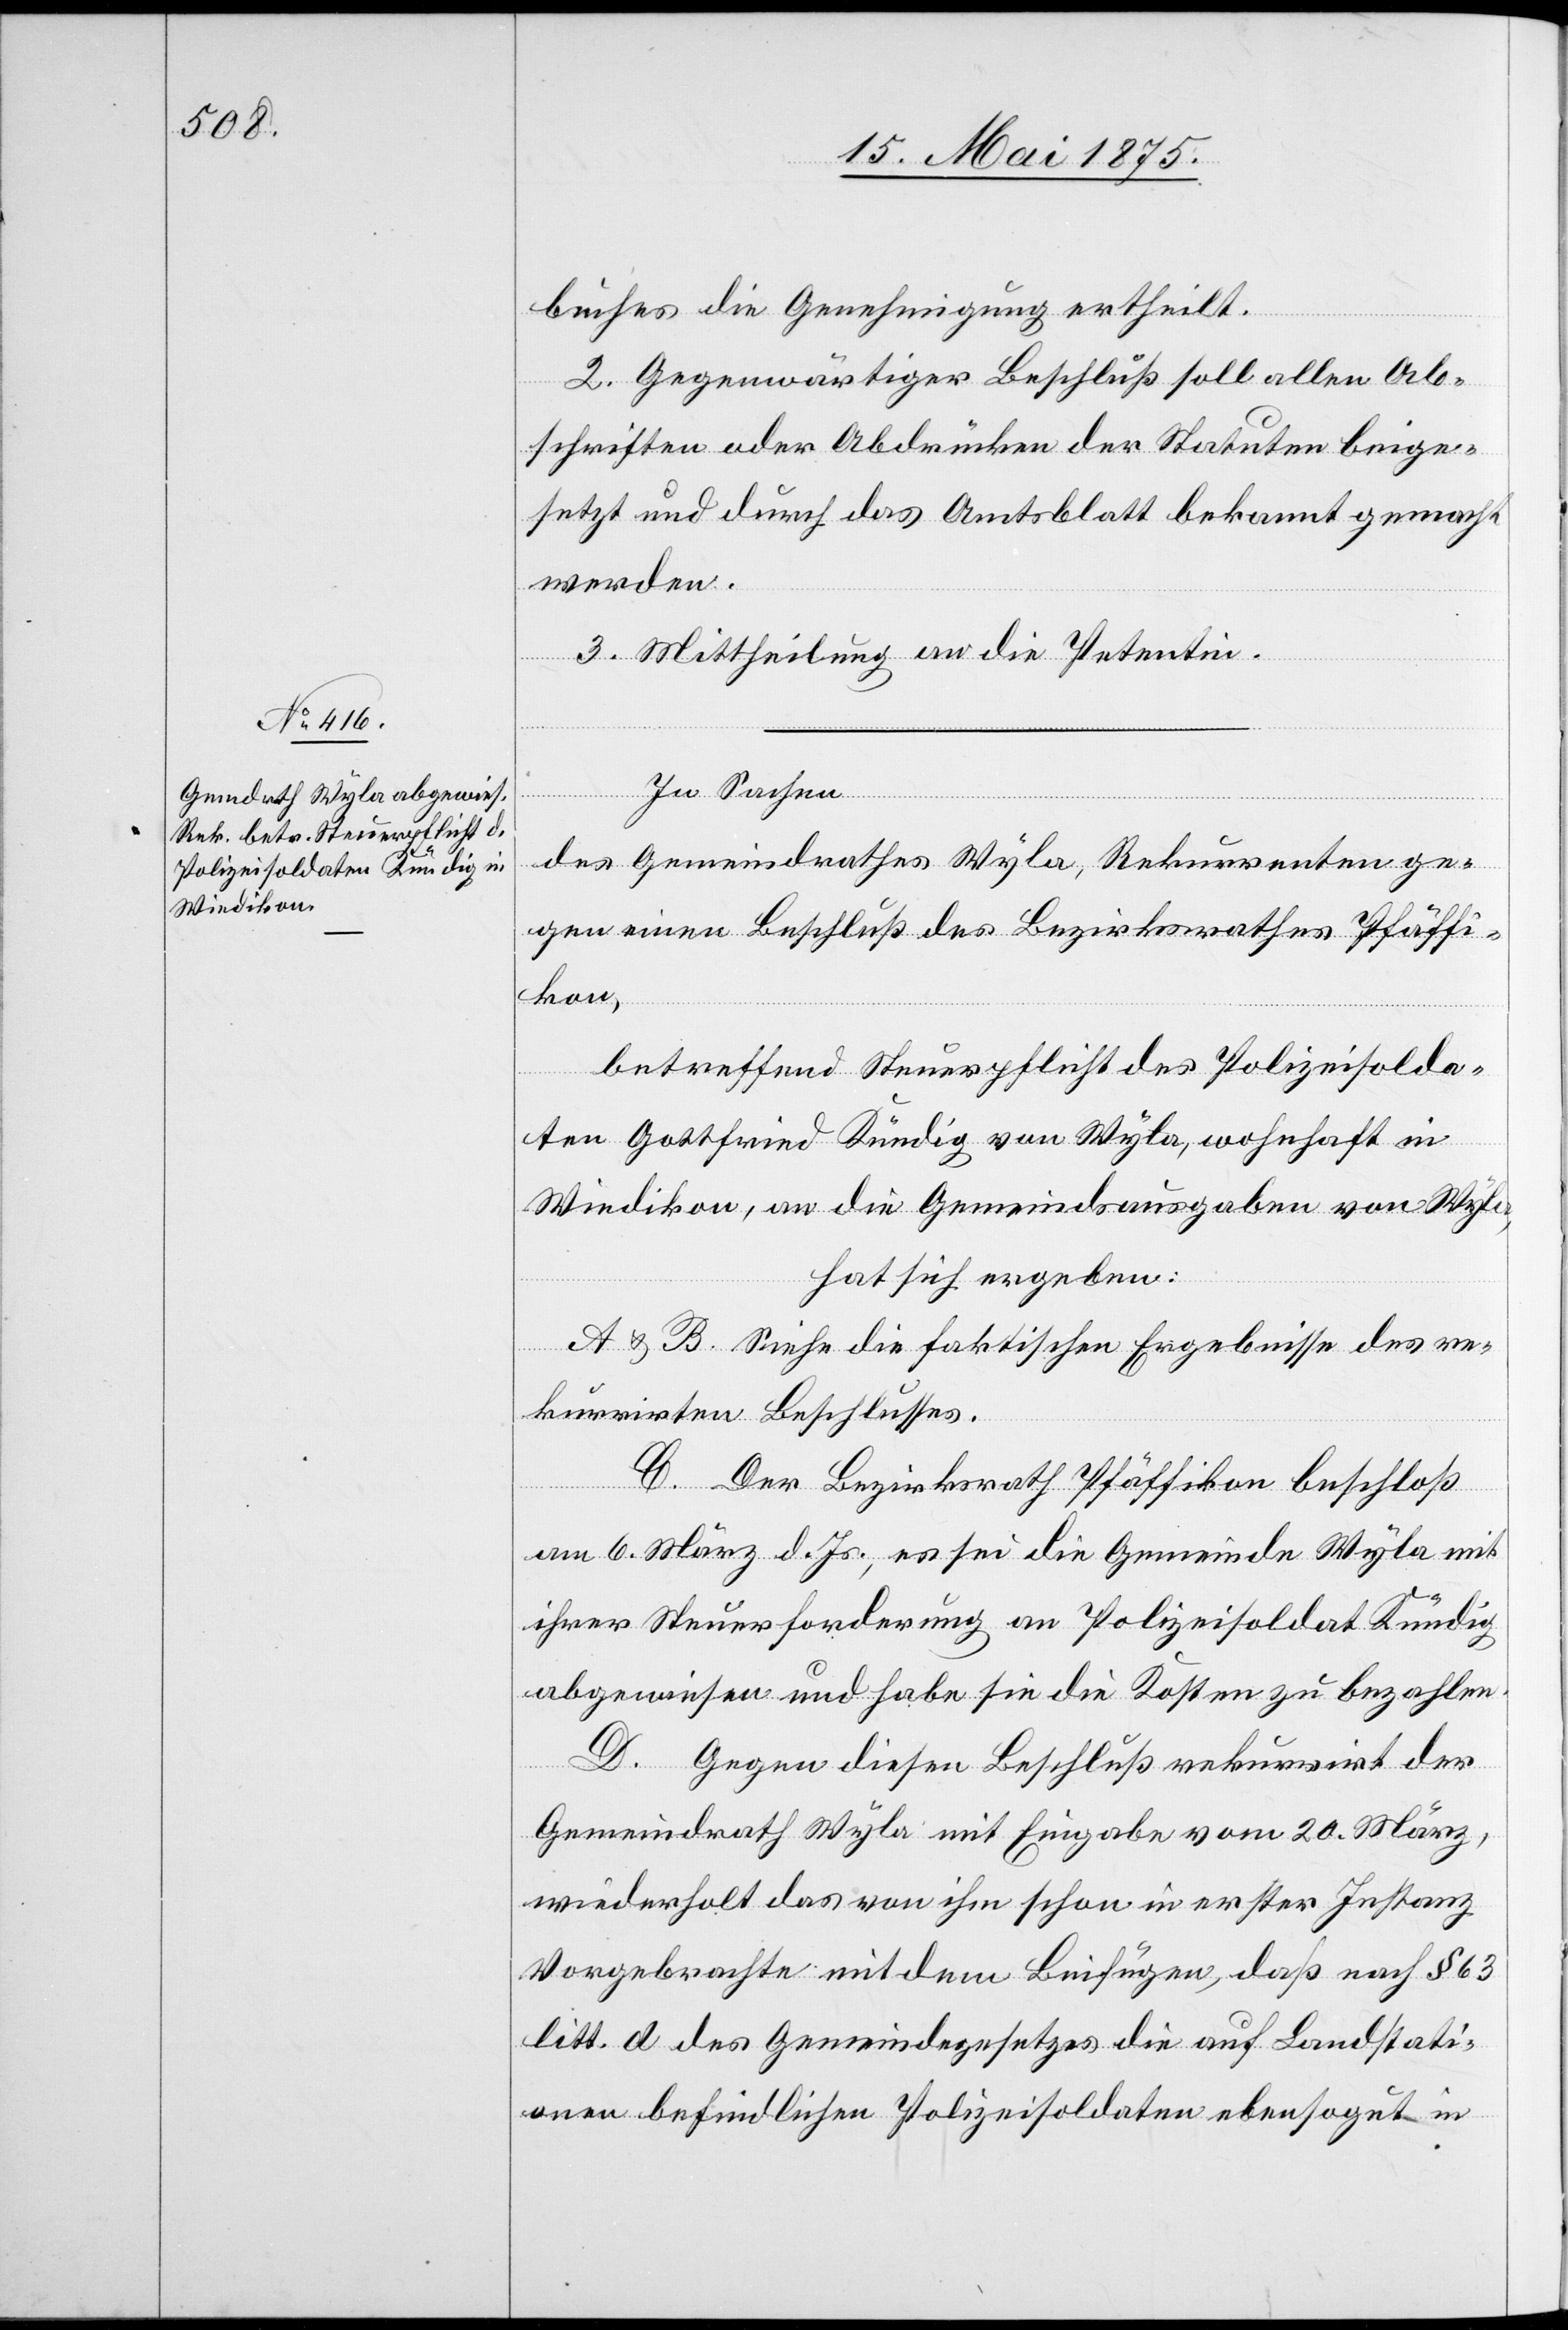
buches die Genehmigung ertheilt.
2. Gegenwärtiger Beschluß soll allen Ab¬
schriften oder Abdrücken der Statuten beige¬
setzt und durch das Amtsblatt bekannt gemacht
werden.
3. Mittheilung an die Petentin.
In Sachen
des Gemeindrathes Wyla, Rekurrenten ge¬
gen einen Beschluß des Bezirksrathes Pfäffi¬
kon,
betreffend Steuerpflicht des Polizeisolda¬
ten Gottfried Kündig von Wyla, wohnhaft in
Wiedikon, an die Gemeindsausgaben von Wyla,
hat sich ergeben:
mit
ffikon
A&B. Siehe die faktischen Ergebnisse des re¬
kurrirten Beschlusses.
C. Der Bezirksrath Pfäffikon beschloß
am 6. März d. Js., es sei die Gemeinde Pfä¬
ihrer Steuerforderung an Polizeisoldat Kündig
abgewiesen und habe sie die Kosten zu bezahlen.
D. Gegen diesen Beschluß rekurrirt der
Gemeindrath Wyla mit Eingabe vom 20. März,
wiederholt das von ihm schon in erster Instanz
Vorgebrachte mit dem Beifügen, daß nach § 63
litt. d des Gemeindegesetzes die auf Landstati¬
onen befindlichen Polizeisoldaten ebensogut in